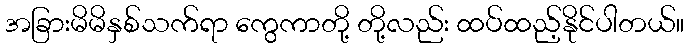
အခြားမိမိနှစ်သက်ရာ ကွေကာတို့ တို့လည်း ထပ်ထည့်နိုင်ပါတယ်။